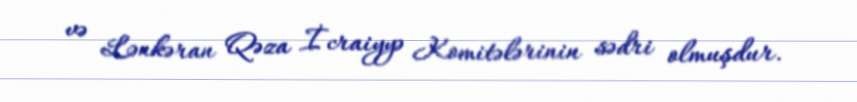
və Lənkəran Qəza İcraiyyə Komitələrinin sədri olmuşdur.